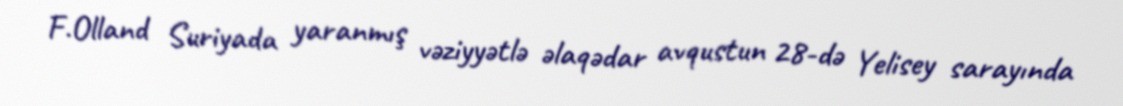
F.Olland Suriyada yaranmış vəziyyətlə əlaqədar avqustun 28-də Yelisey sarayında